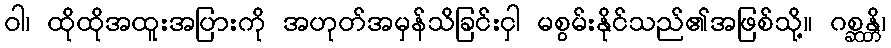
ဝါ၊ ထိုထိုအထူးအပြားကို အဟုတ်အမှန်သိခြင်းငှါ မစွမ်းနိုင်သည်၏အဖြစ်သို့။ ဂစ္ဆန္တိ၊